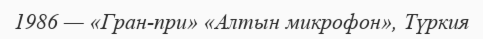
1986 — «Гран-при» «Алтын микрофон», Түркия